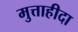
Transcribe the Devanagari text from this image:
मुत्ताहीदा